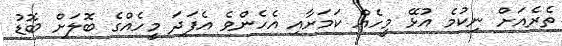
ތެރެއަށް ނިކުމެ އުޅޭ މީހެއް ކަމަށާއި އެހެންވެ އެފަދަ މީހެއްގެ ބޮލަށް ބޮޑު